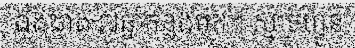
ឯងជាង ៧ឆ្នាំកន្លងមក។ ស្មាតហ្វូន